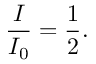
{ \frac { I } { I _ { 0 } } } = { \frac { 1 } { 2 } } .